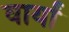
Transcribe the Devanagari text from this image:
वार्यां